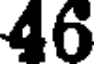
46